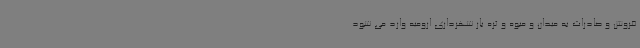
فروش و صادرات به میدان و میوه و تره بار شهرداری ارومیه وارد می شود